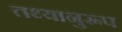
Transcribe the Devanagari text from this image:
तथ्यानुरूप